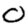
Digit: 0